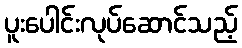
ပူးပေါင်းလုပ်ဆောင်သည့်